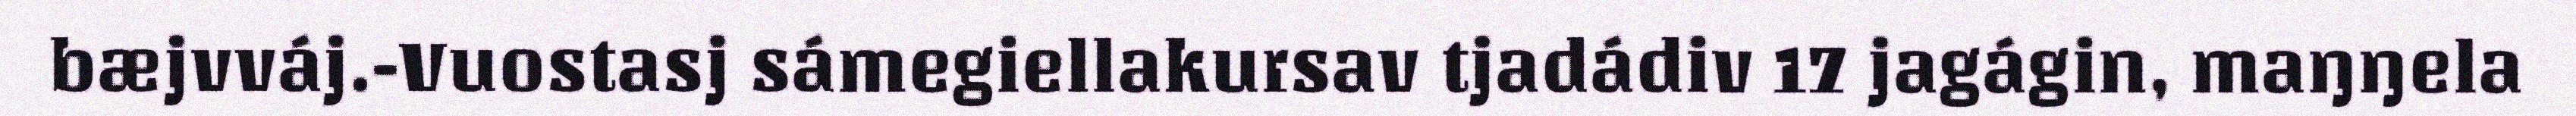
bæjvváj.-Vuostasj sámegiellakursav tjadádiv 17 jagágin, maŋŋela